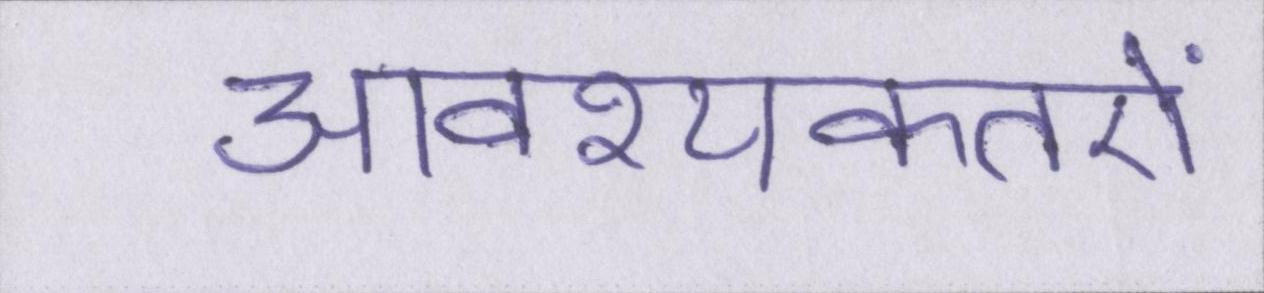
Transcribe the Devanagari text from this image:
आवश्यकतऐं